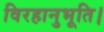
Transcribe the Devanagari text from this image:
विरहानुभूति।